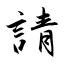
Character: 請